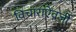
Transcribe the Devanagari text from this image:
विचाराऐवजी